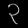
Digit: ၃